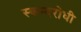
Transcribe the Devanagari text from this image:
स्कन्दरोधी